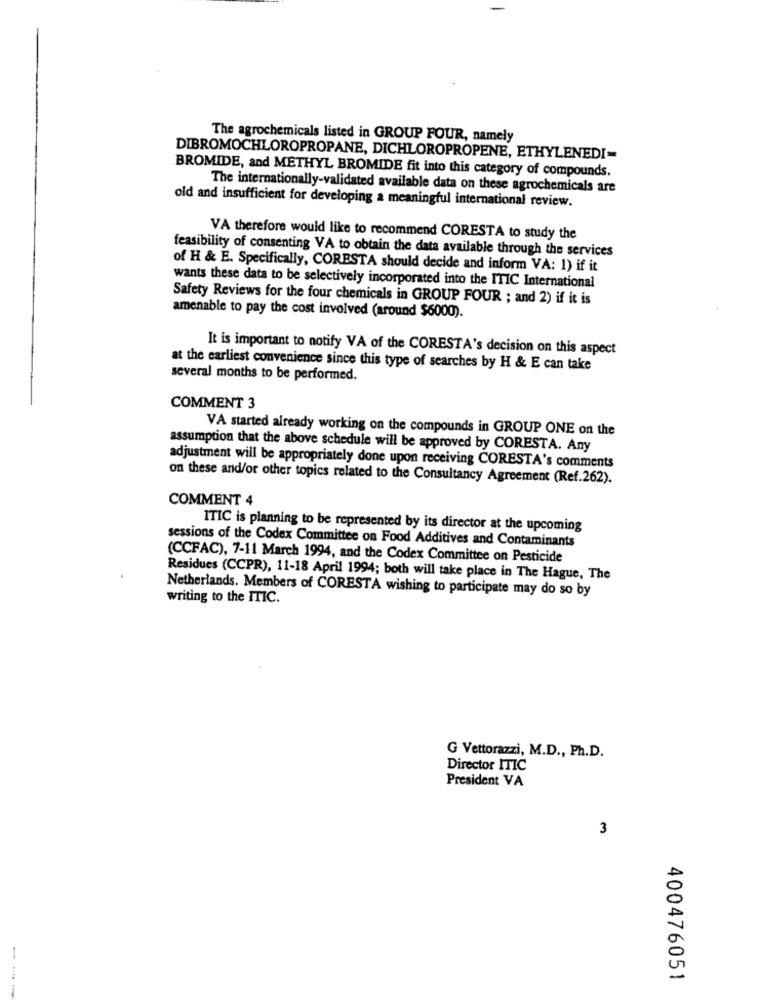
The agrochemicals listed in GROUP FOUR, namely
DIBROMOCHLOROPROPANE, DICHLOROPROPENE, ETHYLENEDI-
BROMIDE, and METHYL BROMIDE fit into this category of compounds.
The internationally-validated available data on these agrochemicals are
old and insufficient for developing a meaningful international review.
VA therefore would like to recommend CORESTA to study the
feasibility of consenting VA to obtain the data available through the services
of H & E. Specifically, CORESTA should decide and inform VA: 1) if it
wants these data to be selectively incorporated into the ITIC International
Safety Reviews for the four chemicals in GROUP FOUR ; and 2) if it is
amenable to pay the cost involved (around $6000).
It is important to notify VA of the CORESTA's decision on this aspect
at the earliest convenience since this type of searches by H & E can take
several months to be performed.
COMMENT 3
VA started already working on the compounds in GROUP ONE on the
assumption that the above schedule will be approved by CORESTA. Any
adjustment will be appropriately done upon receiving CORESTA's comments
on these and/or other topics related to the Consultancy Agreement (Ref.262).
COMMENT 4
ITIC is planning to be represented by its director at the upcoming
sessions of the Codex Committee on Food Additives and Contaminants
(CCFAC), 7-11 March 1994, and the Codex Committee on Pesticide
Residues (CCPR), 11-18 April 1994; both will take place in The Hague, The
Netherlands. Members of CORESTA wishing to participate may do so by
writing to the ITIC.
G Vettorazzi, M.D ., Ph.D.
Director ITIC
President VA
3
-
400476051